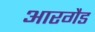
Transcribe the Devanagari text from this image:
आरगैड